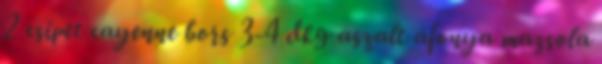
2 csipet cayenne bors 3-4 dkg aszalt áfonya mazsola